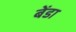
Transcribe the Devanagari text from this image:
बेंडा